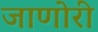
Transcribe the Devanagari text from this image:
जाणोरी